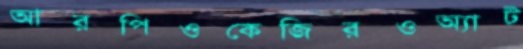
আরপিওকেজিরওঅ্যাট